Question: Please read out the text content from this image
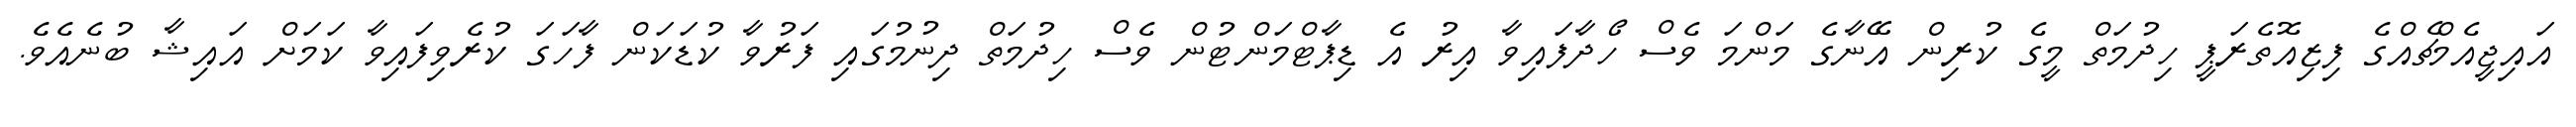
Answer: އައިޖީއެމްޗެއްގެ ފިޒިއޮތެރަޕީ ހިދުމަތް މީގެ ކުރިން އޭނާގެ މަންމަ ވެސް ހޯދާފައިވާ އިރު އެ ޑިޕާޓްމަންޓުން ވެސް ހިދުމަތް ދިނުމުގައި ފަރުވާ ކުޑަކަން ފާހަގަ ކުރެވިފައިވާ ކަމަށް އައިޝާ ބުނެއެވެ.